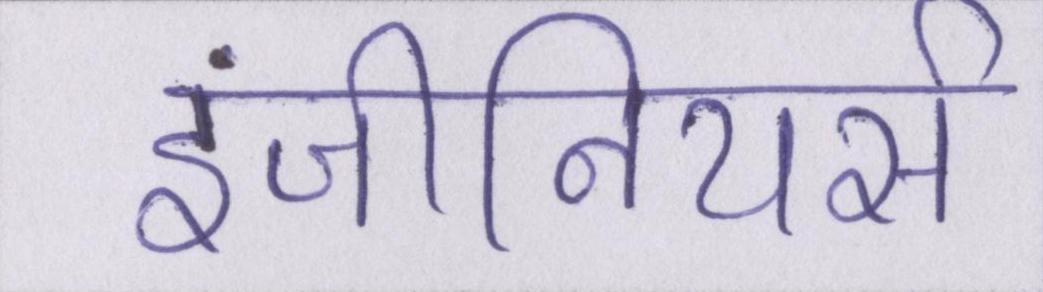
इंजीनियर्स